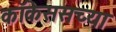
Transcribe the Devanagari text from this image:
कॉकेससच्या